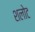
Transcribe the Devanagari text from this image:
शलोट